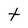
Character: t